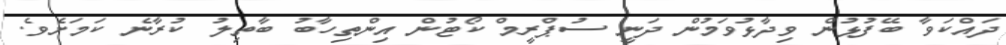
ދައްކަވާ ބޭފުޅުން ވިދާޅުވަމުން ދަނީ ސުޕްރީމް ކޯޓުން އިންތިހާބު ބާތިލު ކުރާނެ ކަމަށެވެ.